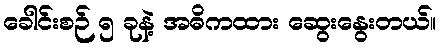
ခေါင်းစဉ် ၅ ခုနဲ့ အဓိကထား ဆွေးနွေးတယ်။